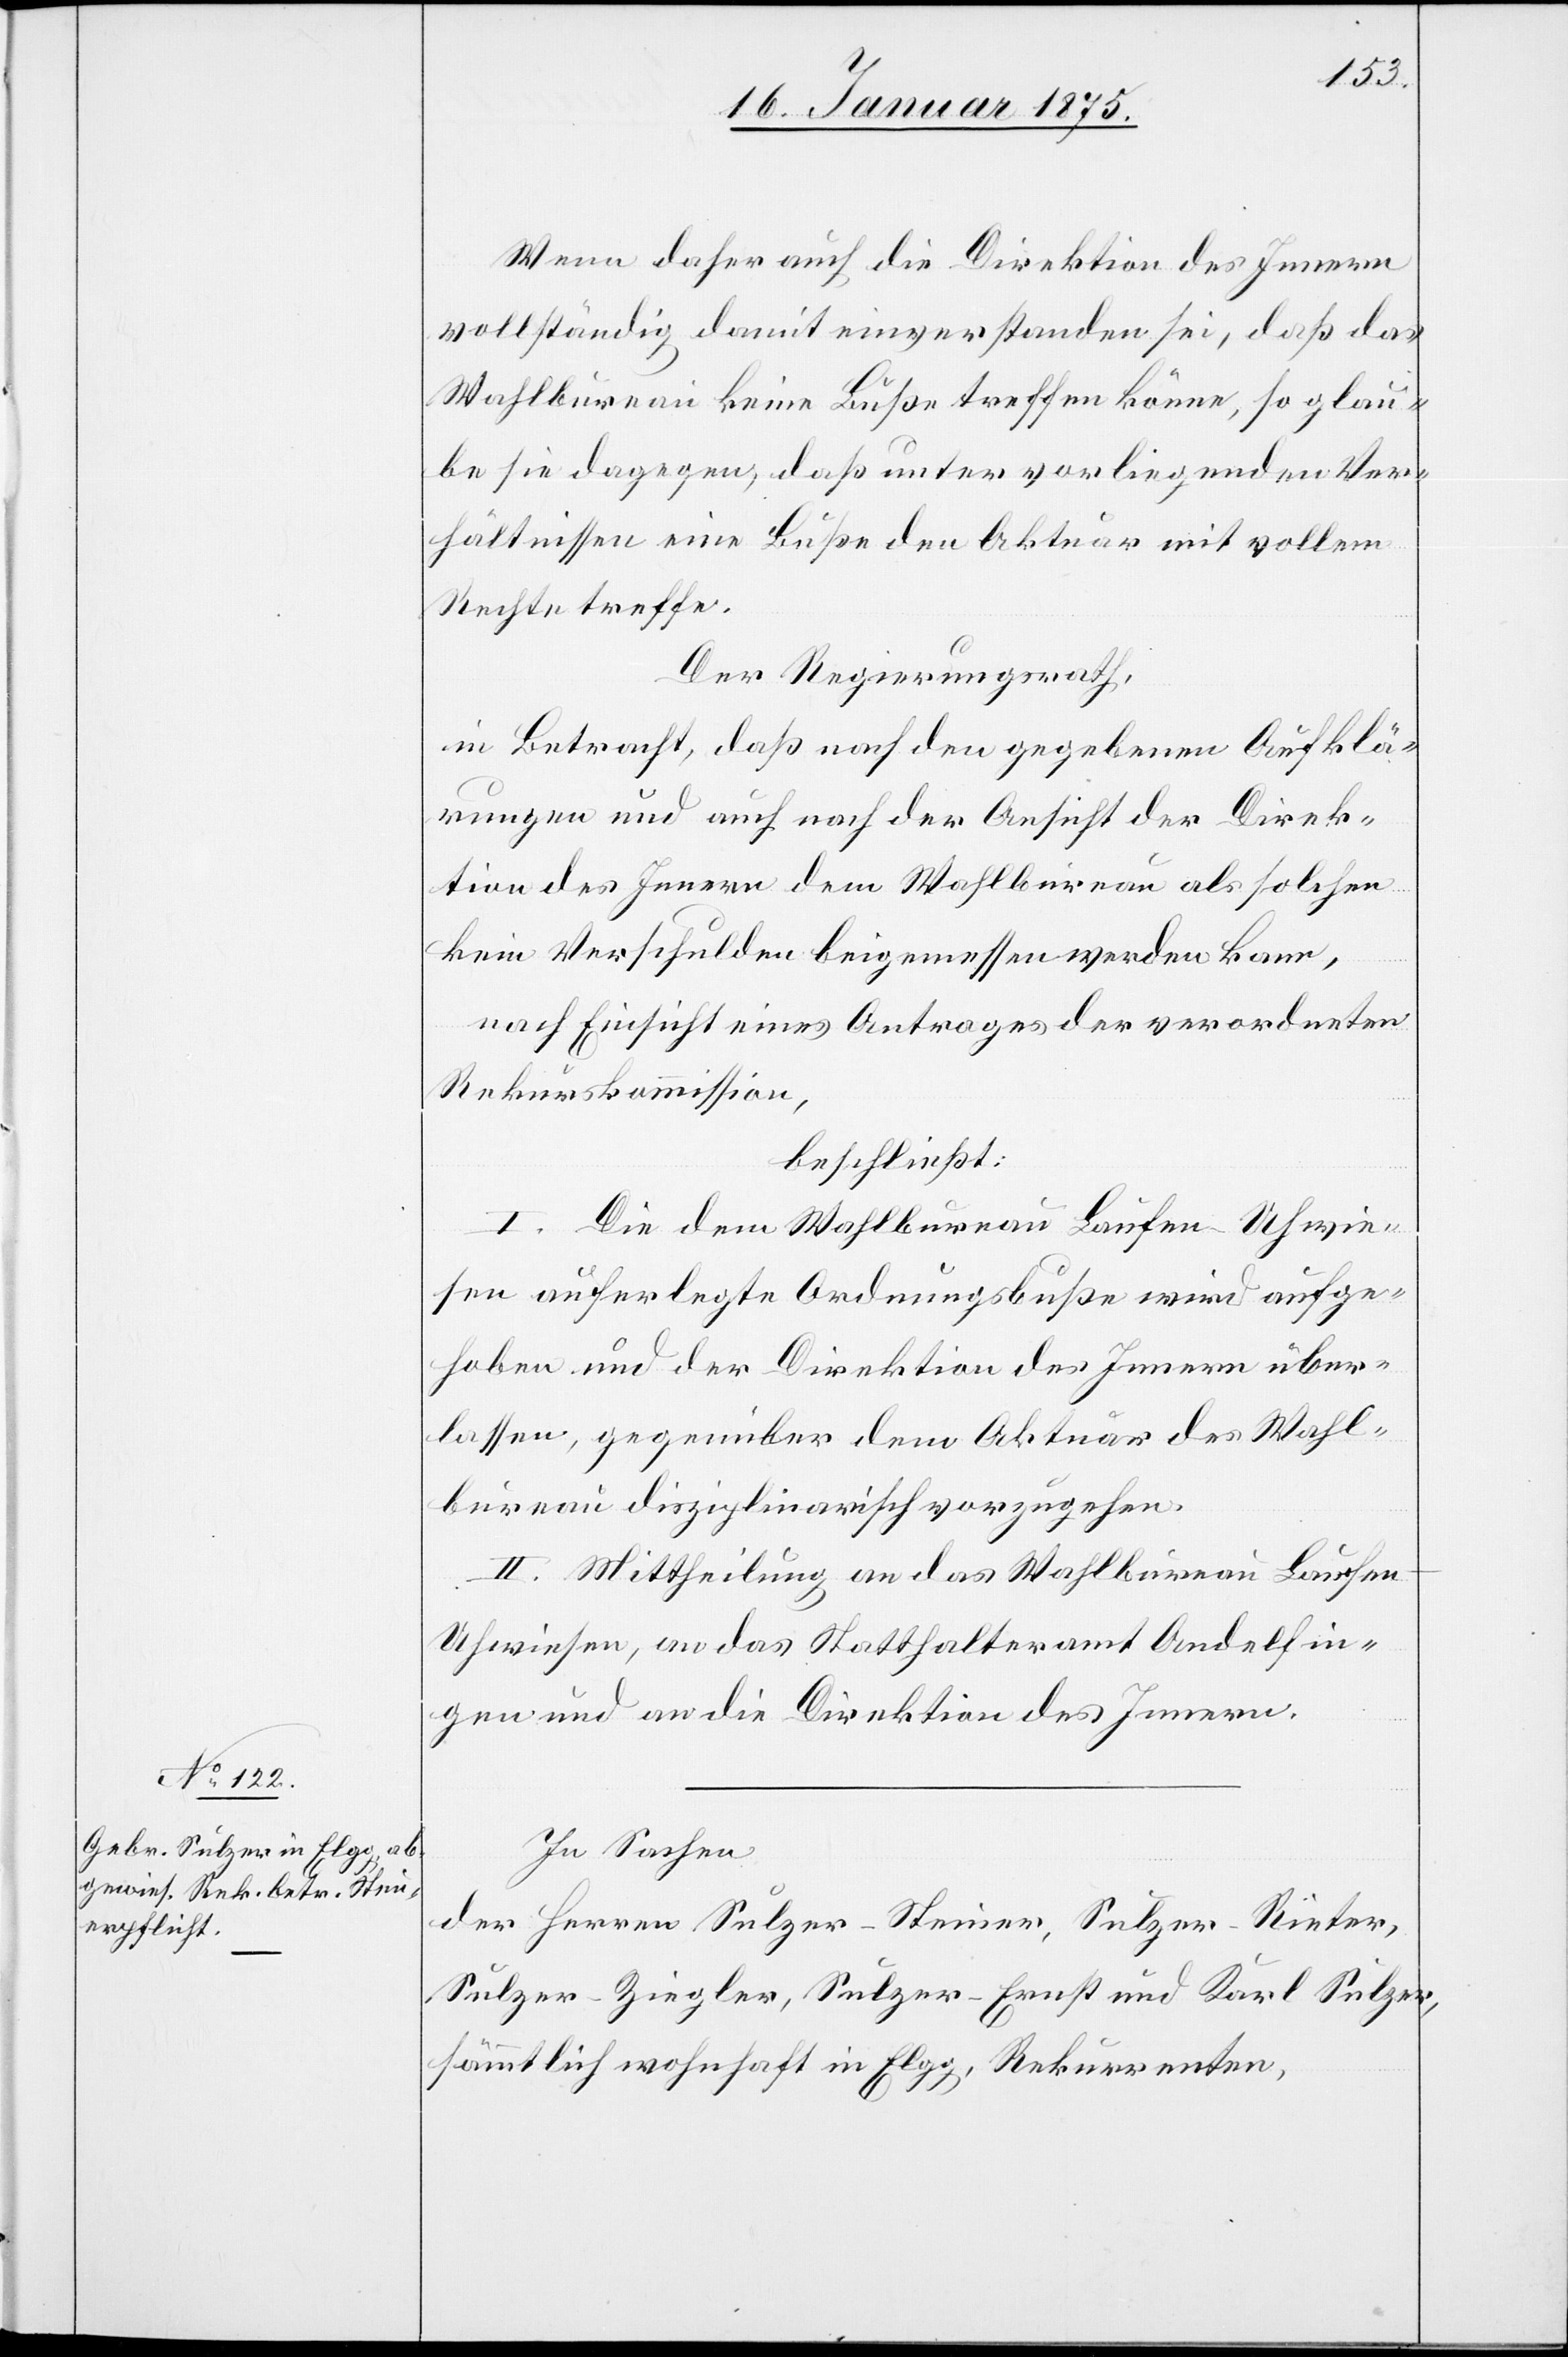
Wenn daher auch die Direktion des Innern
vollständig damit einverstanden sei, daß das
Wahlbureau keine Buße treffen könne, so glau¬
be sie dagegen, daß unter vorliegenden Ver¬
hältnissen eine Buße den Aktuar mit vollem
Rechte treffe.
Der Regierungsrath,
in Betracht, daß nach den gegebenen Aufklä¬
rungen und auch nach der Ansicht der Direk¬
tion des Innern dem Wahlbureau als solchen
kein Verschulden beigemessen werden kann,
nach Einsicht eines Antrages der verordneten
Rekurskommission,
beschließt:
I. Die dem Wahlbureau Laufen-Uhwie¬
sen auferlegte Ordnungsbuße wird aufge¬
hoben und der Direktion des Innern über¬
lassen, gegenüber dem Aktuar des Wahl¬
bureau disziplinarisch vorzugehen.
II. Mittheilung an das Wahlbureau Laufen-U¬
hwiesen, an das Statthalteramt Andelfin¬
gen und an die Direktion des Innern.
In Sachen
des Herrn Sulzer-Steiner, Sulzer-Rieter,
Sulzer-Ziegler, Sulzer-Ernst und Karl Sulzer,
sämmtlich wohnhaft in Elgg, Rekurrenten,